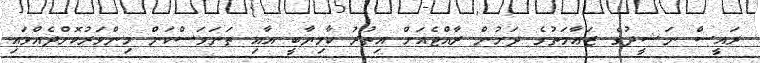
ރައީސް ނަޝީދުގެ ޒަޢާމަތުގެ ދަށުން ރާއްޖެއަށް އިތުރު ކާމިޔާބީ އާއި ތަނަވަސްކަން މިންވަރުކޮށްދެއްވައި